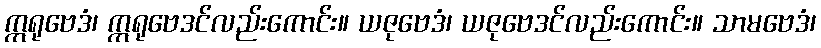
ဣရုဗေဒံ၊ ဣရုဗေဒင်လည်းကောင်း။ ယဇုဗေဒံ၊ ယဇုဗေဒင်လည်းကောင်း။ သာမဗေဒံ၊